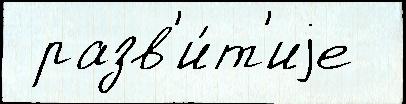
 разв'и́т'иjе